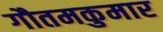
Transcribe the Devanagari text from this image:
गौतमकुमार